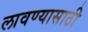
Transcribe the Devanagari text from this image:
लावण्‍यासाठी